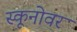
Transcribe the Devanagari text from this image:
स्कूनोवर